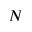
N